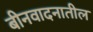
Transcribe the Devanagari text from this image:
बीनवादनातील